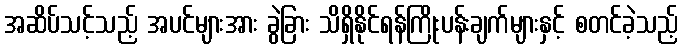
အဆိပ်သင့်သည့် အပင်များအား ခွဲခြား သိရှိနိုင်ရန်ကြိုးပန်းချက်များနှင့် စတင်ခဲ့သည့်